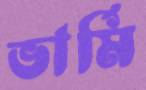
ভার্মি